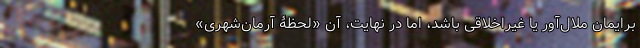
برایمان ملال‌آور یا غیراخلاقی باشد، اما در نهایت، آن «لحظۀ آرمان‌شهری»